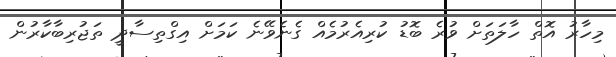
މިހާރު އޮތް ހާލަތަށް ވުރެ ބޮޑު ކުރިއެރުމެއް ގެނެވޭނެ ކަމަށް އިގްތިސާދީ ތަޖުރިބާކާރުން